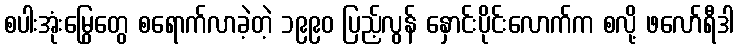
စပါးအုံးမြွေတွေ စရောက်လာခဲ့တဲ့ ၁၉၉၀ ပြည့်လွန် နှောင်းပိုင်းလောက်က စလို့ ဖလော်ရီဒါ